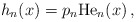
\begin{align*}h_n(x)=p_n \mathrm{He}_n(x)\,,\end{align*}